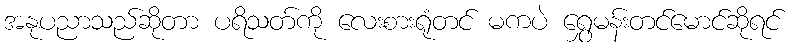
အနုပညာသည်ဆိုတာ ပရိသတ်ကို လေးစားရုံတင် မကပဲ ရွှေမန်းတင်မောင်ဆိုရင်